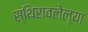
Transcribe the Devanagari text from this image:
स्थिरावलेल्या